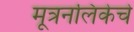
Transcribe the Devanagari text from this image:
मूत्रनलिकेचे